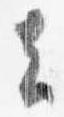
去